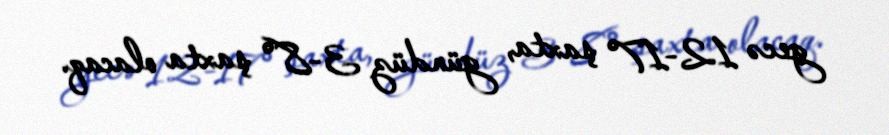
gecə 12-17° şaxta, gündüz 3-8° şaxta olacaq.